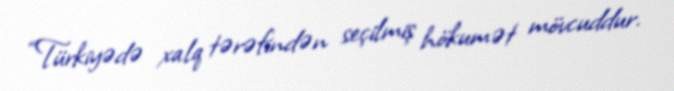
“Türkiyədə xalq tərəfindən seçilmiş hökumət mövcuddur.